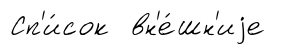
Сп'и́сок вн'е́шн'иjе